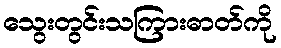
သွေးတွင်းသကြားဓာတ်ကို